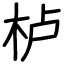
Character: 栌